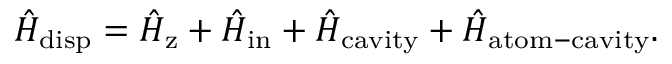
\hat { H } _ { \mathrm { d i s p } } = \hat { H } _ { \mathrm { z } } + \hat { H } _ { \mathrm { i n } } + \hat { H } _ { \mathrm { c a v i t y } } + \hat { H } _ { \mathrm { a t o m - c a v i t y } } .